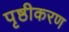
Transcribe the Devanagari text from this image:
पृष्ठीकरण